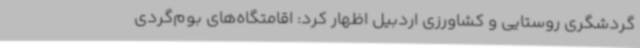
گردشگری روستایی و کشاورزی اردبیل اظهار کرد: اقامتگاه‌های بوم‌گردی